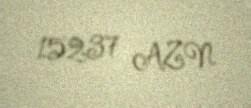
15237 AZN